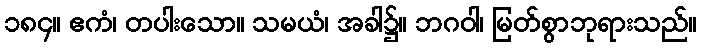
၁၈၄။ ဧကံ၊ တပါးသော။ သမယံ၊ အခါ၌။ ဘဂဝါ၊ မြတ်စွာဘုရားသည်။